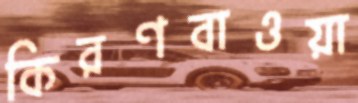
কিরণবাওয়া